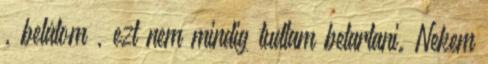
, belátom , ezt nem mindig tudtam betartani. Nekem